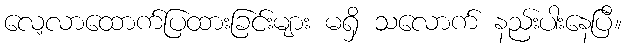
လေ့လာထောက်ပြထားခြင်းများ မရှိ သလောက် နည်းပါးနေပြီ။